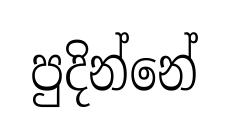
පුදින්නේ